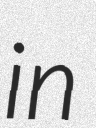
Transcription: in